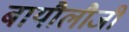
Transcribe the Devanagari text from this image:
बायौलौजी